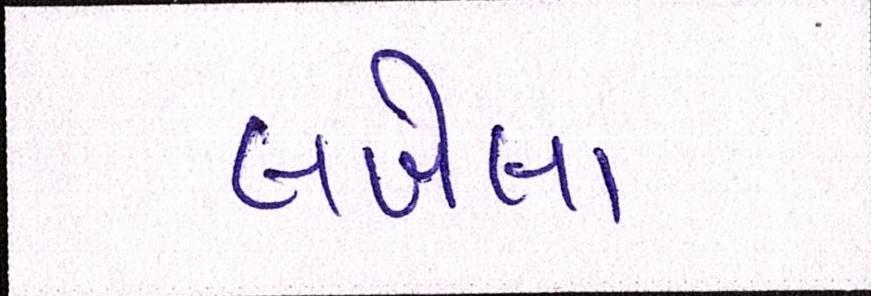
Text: લખેલાં